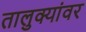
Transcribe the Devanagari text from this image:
तालुक्यांवर